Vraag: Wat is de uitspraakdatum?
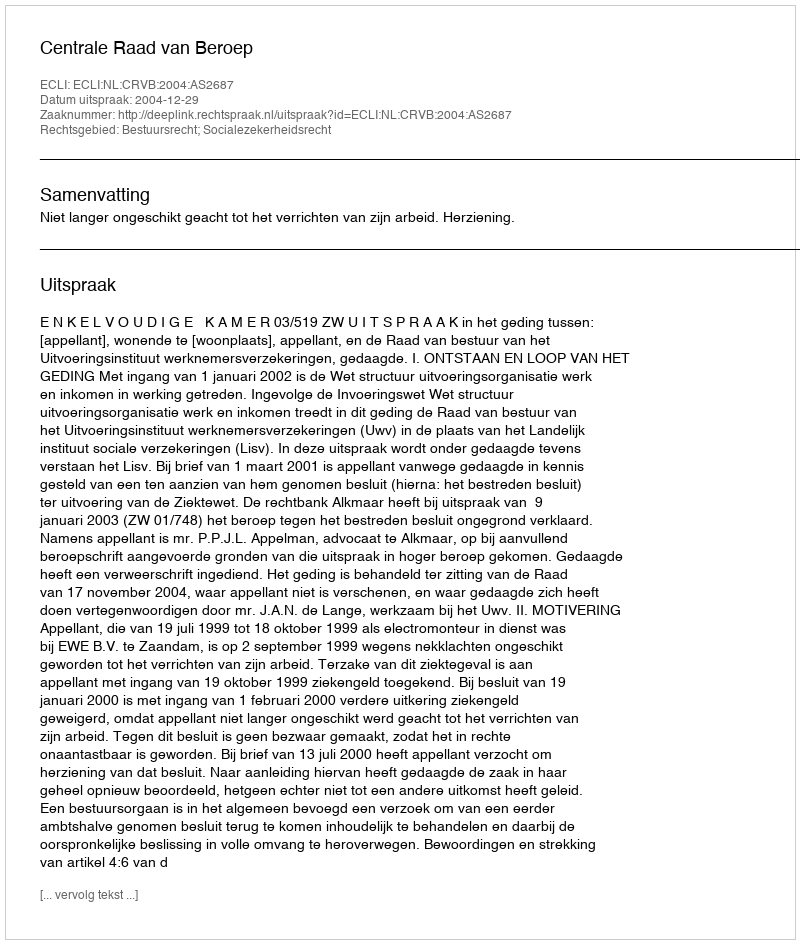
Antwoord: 2004-12-29